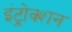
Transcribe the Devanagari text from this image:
इंट्रोक्शन